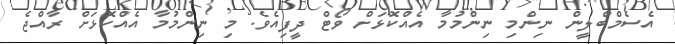
އެސެމްބްލީން ނިންމި ނިންމުމާ އެއްކޮޅަށް ވޯޓް ދީފިއެވެ. މި ނިންމުމާ އެއްކޮޅަށް ރާއްޖެ